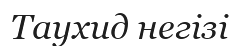
Таухид негізі